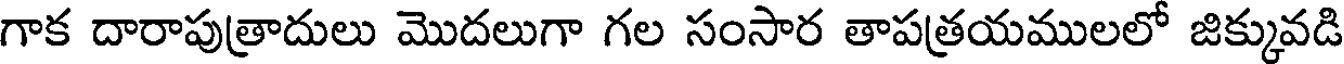
గాక దారాపుత్రాదులు మొదలుగా గల సంసార తాపత్రయములలో జిక్కువడి